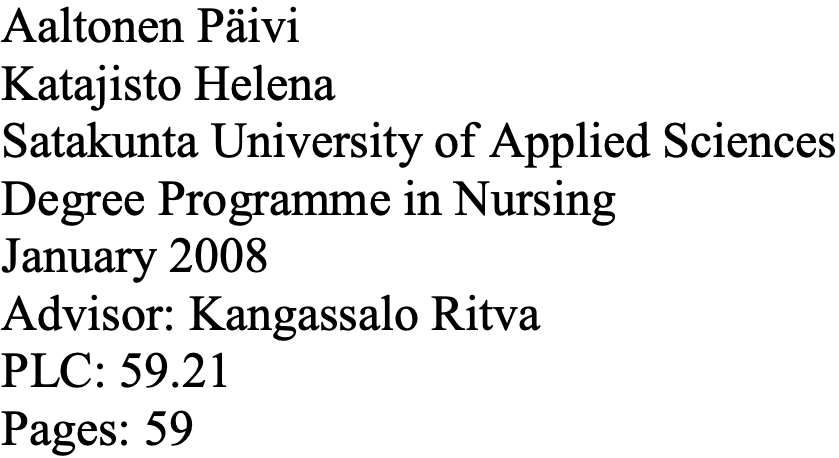
Aaltonen Päivi Katajisto Helena Satakunta University of Applied Sciences Degree Programme in Nursing January 2008 Advisor: Kangassalo Ritva PLC: 59.21 Pages: 59